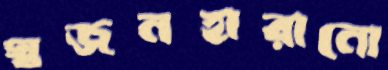
স্বজনহারানো